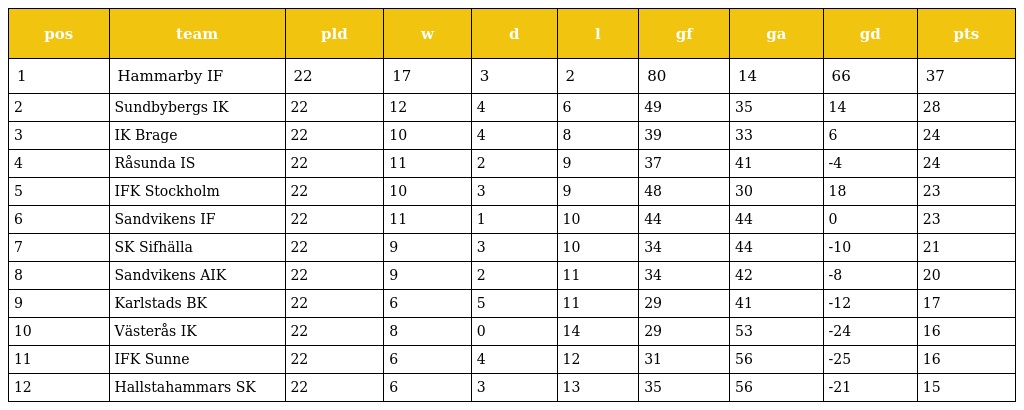
| pos | team | pld | w | d | l | gf | ga | gd | pts |
 | --- | --- | --- | --- | --- | --- | --- | --- | --- | --- |
 | 1 | Hammarby IF | 22 | 17 | 3 | 2 | 80 | 14 | 66 | 37 |
 | 2 | Sundbybergs IK | 22 | 12 | 4 | 6 | 49 | 35 | 14 | 28 |
 | 3 | IK Brage | 22 | 10 | 4 | 8 | 39 | 33 | 6 | 24 |
 | 4 | Råsunda IS | 22 | 11 | 2 | 9 | 37 | 41 | -4 | 24 |
 | 5 | IFK Stockholm | 22 | 10 | 3 | 9 | 48 | 30 | 18 | 23 |
 | 6 | Sandvikens IF | 22 | 11 | 1 | 10 | 44 | 44 | 0 | 23 |
 | 7 | SK Sifhälla | 22 | 9 | 3 | 10 | 34 | 44 | -10 | 21 |
 | 8 | Sandvikens AIK | 22 | 9 | 2 | 11 | 34 | 42 | -8 | 20 |
 | 9 | Karlstads BK | 22 | 6 | 5 | 11 | 29 | 41 | -12 | 17 |
 | 10 | Västerås IK | 22 | 8 | 0 | 14 | 29 | 53 | -24 | 16 |
 | 11 | IFK Sunne | 22 | 6 | 4 | 12 | 31 | 56 | -25 | 16 |
 | 12 | Hallstahammars SK | 22 | 6 | 3 | 13 | 35 | 56 | -21 | 15 |